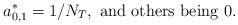
LaTeX: \begin{align*}a^*_{0,1}=1/N_T,\textrm{ and others being 0.}\end{align*}